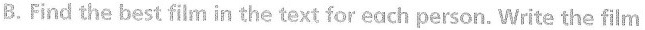
B.Find the best film in the text for each person. Write the film